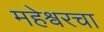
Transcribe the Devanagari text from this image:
महेश्वरचा